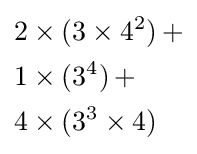
{\begin{aligned}&2\times (3\times 4^{2})\,+\\&1\times (3^{4})\,+\\&4\times (3^{3}\times 4)\end{aligned}}